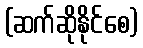
(ဆက်ဆိုနိုင်စေ)